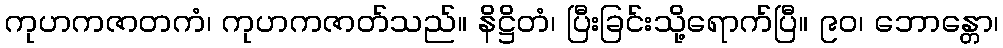
ကုဟကဇာတကံ၊ ကုဟကဇာတ်သည်။ နိဋ္ဌိတံ၊ ပြီးခြင်းသို့ရောက်ပြီ။ ၉၀၊ ဘောန္တော၊